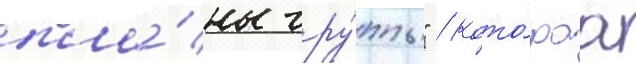
пла́ны гру́ппы" / кото́раа